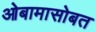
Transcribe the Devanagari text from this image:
ओबामासोबत